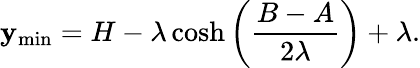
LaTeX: \mathbf{y}_{\mathrm{{min}}}=H-\lambda\cosh\left(\frac{{B-A}}{{2\lambda}}\right)+\lambda.